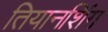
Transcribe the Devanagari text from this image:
तियानशिंग